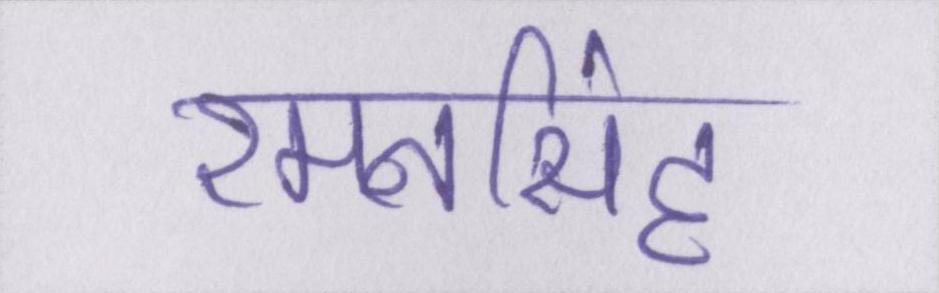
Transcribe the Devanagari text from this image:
रमनसिंह